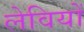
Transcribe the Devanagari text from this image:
लेवियों